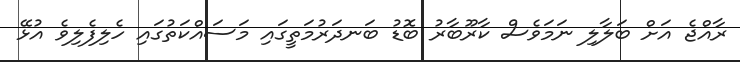
ރާއްޖެ އަށް ބަލާލި ނަމަވެސް ކާރޫބާރު ބޮޑު ބަނދަރުމަތީގައި މަސައްކަތުގައި ހެލިފެލިވެ އުޅޭ